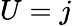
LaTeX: U=j